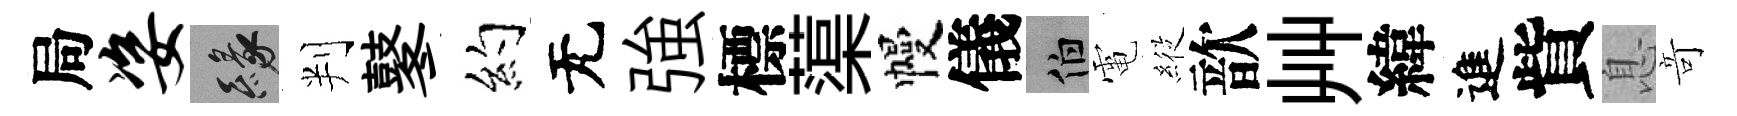
局姿緣判鼕约无強標蕖幔儀伯電𦂵歆艸緯進貲息竒